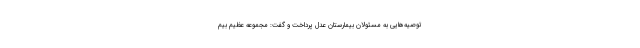
توصیه‌هایی به مسئولان بیمارستان عدل پرداخت و گفت: مجموعه عظیم بیم